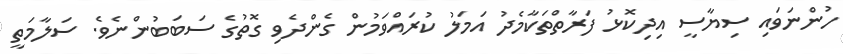
ހުންނަވައި ސިޔާސީ އިދިކޮޅު ފަރާތްތަކާމެދު އަމަލު ކުރައްވަމުން ގެންދެވި ގޮތުގެ ސަބަބުންނެވެ. ސަލާމަތީ